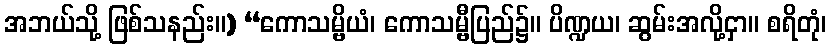
အဘယ်သို့ ဖြစ်သနည်း။) “ကောသမ္ဗိယံ၊ ကောသမ္ဗီပြည်၌။ ပိဏ္ဍယ၊ ဆွမ်းအလို့ငှာ။ စရိတုံ၊